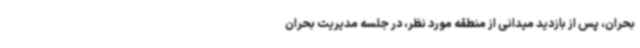
بحران، پس از بازدید میدانی از منطقه مورد نظر، در جلسه مدیریت بحران